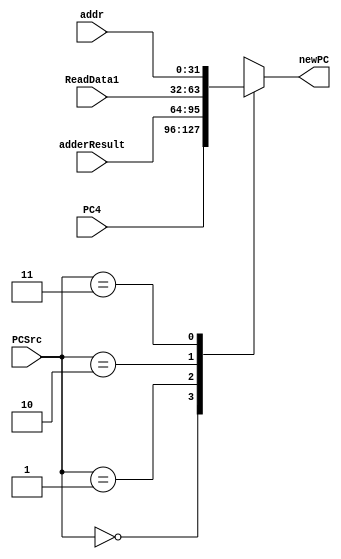
`timescale 1ns / 1ps
//////////////////////////////////////////////////////////////////////////////////
// Company: 
// Engineer: 
// 
// Design Name: 
// Module Name: mux_PC
// Project Name: 
// Target Devices: 
// Tool Versions: 
// Description: 
// 
// Dependencies: 
// 
// Revision:
// Revision 0.01 - File Created
// Additional Comments:
// 
//////////////////////////////////////////////////////////////////////////////////


module mux_PC(
    input [31:0] PC4,adderResult,ReadData1,
    input [31:0] addr,
    input [1:0] PCSrc,
    output reg [31:0] newPC
    );
    always@(PC4 or adderResult or ReadData1 or addr or PCSrc) begin
    case(PCSrc)
    2'b00:begin//pc+4
    newPC = PC4;
    end
    2'b01:begin//pc+4+immediate
    newPC =adderResult;
    end
    2'b10:begin//rs
    newPC = ReadData1;
    end
    2'b11:begin//pc[31,28]addr[27,2]
    newPC = addr;
    end
    endcase
    end
endmodule